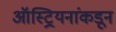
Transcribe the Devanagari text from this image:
ऑस्ट्रियनांकडून